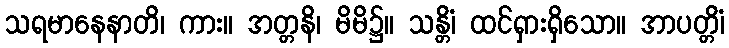
သရမာနေနာတိ၊ ကား။ အတ္တနိ၊ မိမိ၌။ သန္တိံ၊ ထင်ရှားရှိသော။ အာပတ္တိံ၊